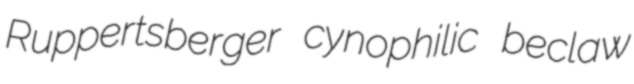
Ruppertsberger cynophilic beclaw